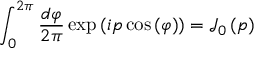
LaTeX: \int _ { 0 } ^ { 2 \pi } { \frac { d \varphi } { 2 \pi } } \exp \left( i p \cos \left( \varphi \right) \right) = { \mathcal { J } } _ { 0 } \left( p \right)